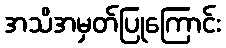
အသိအမှတ်ပြုကြောင်း